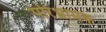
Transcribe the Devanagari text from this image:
परिभ्रामक